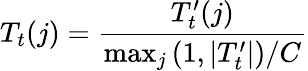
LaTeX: T_{t}(j)=\frac{T_{t}^{\prime}(j)}{\operatorname*{max}_{j}\left(1,|T_{t}^{\prime}|\right)/C}